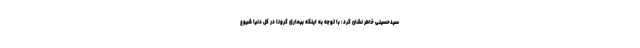
سیدحسینی خاطر نشان کرد: با توجه به اینکه بیماری کرونا در کل دنیا شیوع